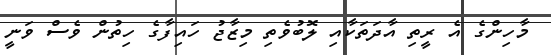
މާހިންގެ އެ ރީތި އާދަތަކާއި ލޮބުވެތި މިޒާޖު ހައިފާގެ ހިތުން ވެސް ވަނީ